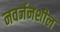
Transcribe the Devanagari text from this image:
नवर्जनशील